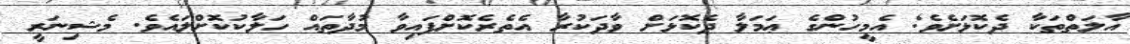
އާލަތްތަކާ ދެކޮޅަށެވެ; އެމީހުންގެ ޢަމަލާ ދެކޮޅަށް ވާދަކުރާ އެތެރެކޮށްފައިވާ މުދާތައް ހަލާކުކޮށްލައެވެ. މެޝިނަރީ